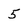
Character: 5